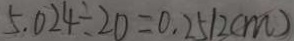
5 . 0 2 4 \div 2 0 = 0 . 2 5 1 2 ( m )